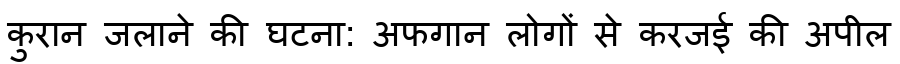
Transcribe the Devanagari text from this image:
कुरान जलाने की घटना: अफगान लोगों से करजई की अपील